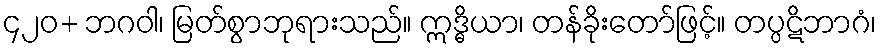
၄၂၀+ ဘဂဝါ၊ မြတ်စွာဘုရားသည်။ ဣဒ္ဓိယာ၊ တန်ခိုးတော်ဖြင့်။ တပ္ပဋိဘာဂံ၊